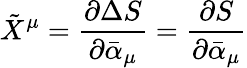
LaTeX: {\tilde{X}}^{\mu}=\frac{\partial\Delta S}{\partial{\bar{\alpha}}_{\mu}}=\frac{\partial S}{\partial{\bar{\alpha}}_{\mu}}